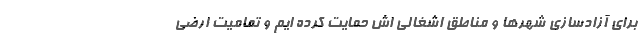
برای آزادسازی شهرها و مناطق اشغالی اش حمایت کرده ایم و تمامیت ارضی